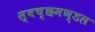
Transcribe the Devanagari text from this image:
स्‍वच्‍छमण्‍डल